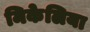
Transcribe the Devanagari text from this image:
मिकेलिया